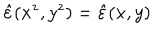
\hat { \varepsilon } ( x ^ { z } , y ^ { z } ) = \hat { \varepsilon } ( x , y )